Madras plague regulations and rules - Volume 2
Disease focus: Plague
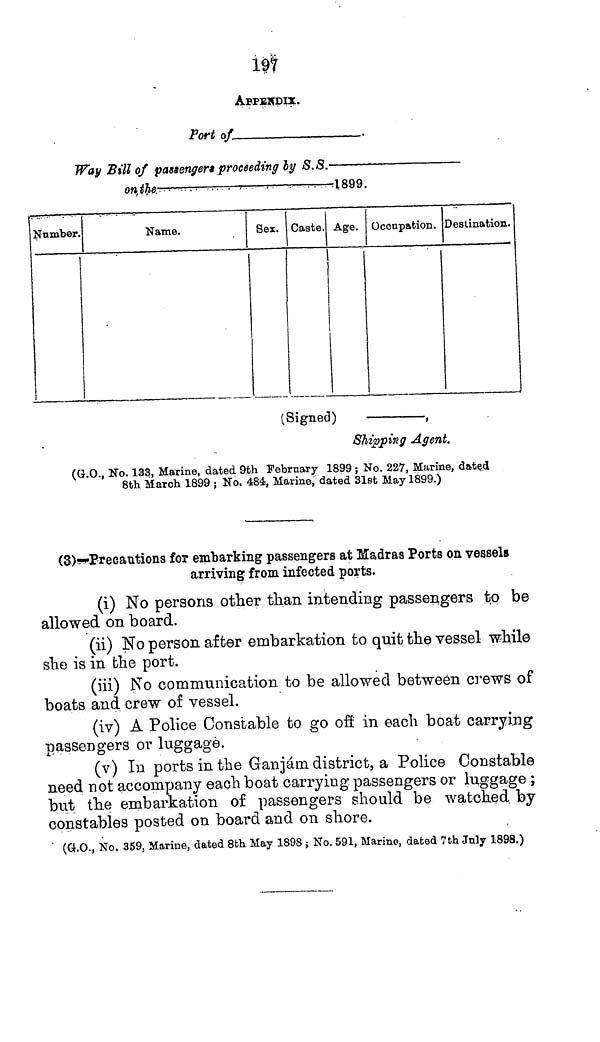
197
APPENDIX.
Port of
Way Bill of passengers proceeding by S.S.-
on the
1899.
Number.
Name.
Sex. Caste. Age. Occupation. Destination.
(Signed)
________,
Shipping Agent.
(G.O., No. 133, Marine, dated 9th February 1899; No. 22V, Marine, dated
8th March 1899 ; No. 484, Marine, dated 31st May 1899.)
(3)-Precautions for embarking passengers at Madras Ports on vessels
arriving from infected ports.
(i) No persons other than intending passengers to be
allowed on board.
(ii) No person after embarkation to quit the vessel while
she is in the port.
(in) No communication to be allowed between crews of
boats and crew of vessel.
(iv) A Police Constable to go off in each boat carrying
passengers or luggage.
(v) In ports in the Ganjám district, a Police Constable
need not accompany each boat carrying passengers or luggage ;
but the embarkation of passengers should be watched by
constables posted on board and on shore.
(G.O., No, 359, Marine, dated 8th May 1898 ; No. 591, Marino, dated 7th July 1898.)